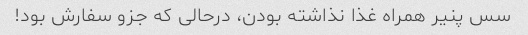
سس پنیر همراه غذا نذاشته بودن، درحالی که جزو سفارش بود!